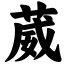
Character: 葳